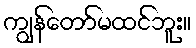
ကျွန်တော်မထင်ဘူး။